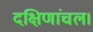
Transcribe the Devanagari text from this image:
दक्षिणांचल।